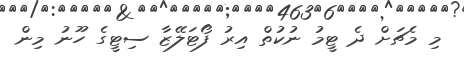
މި މެޗަށް ދެ ޓީމު ނުކުތް އިރު ފޯޓަލޭޒާ ސިޓީގެ ހޫނު މިން